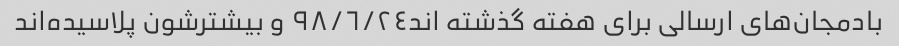
بادمجان‌های ارسالی برای هفته گذشته اند٩٨/٦/٢٤ و بیشترشون پلاسیده‌اند